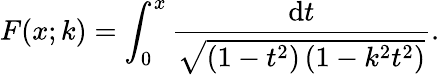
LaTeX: F(x;k)=\int_{0}^{x}{\frac{\mathrm{d}t}{\sqrt{\left(1-t^{2}\right)\left(1-k^{2}t^{2}\right)}}}.